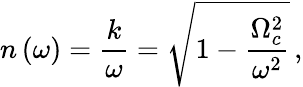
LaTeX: n\left(\omega\right)=\frac{k}{\omega}=\sqrt{1-\frac{\Omega_{c}^{2}}{\omega^{2}}}\, ,